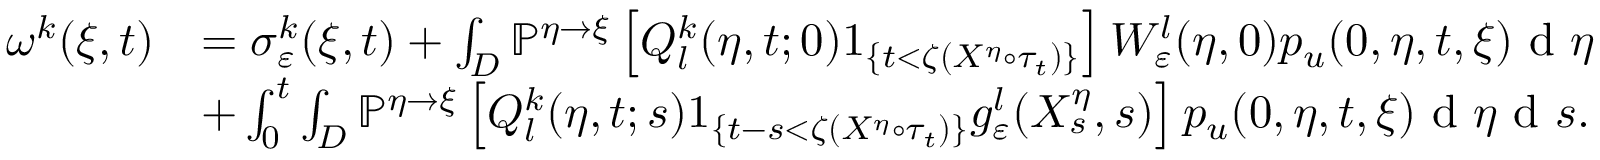
\begin{array} { r l } { \omega ^ { k } ( \xi , t ) } & { = \sigma _ { \varepsilon } ^ { k } ( \xi , t ) + \int _ { D } \mathbb { P } ^ { \eta \rightarrow \xi } \left[ Q _ { l } ^ { k } ( \eta , t ; 0 ) 1 _ { \{ t < \zeta ( X ^ { \eta } \circ \tau _ { t } ) \} } \right] W _ { \varepsilon } ^ { l } ( \eta , 0 ) p _ { u } ( 0 , \eta , t , \xi ) \textrm { d } \eta } \\ & { + \int _ { 0 } ^ { t } \int _ { D } \mathbb { P } ^ { \eta \rightarrow \xi } \left[ Q _ { l } ^ { k } ( \eta , t ; s ) 1 _ { \{ t - s < \zeta ( X ^ { \eta } \circ \tau _ { t } ) \} } g _ { \varepsilon } ^ { l } ( X _ { s } ^ { \eta } , s ) \right] p _ { u } ( 0 , \eta , t , \xi ) \textrm { d } \eta \textrm { d } s . } \end{array}